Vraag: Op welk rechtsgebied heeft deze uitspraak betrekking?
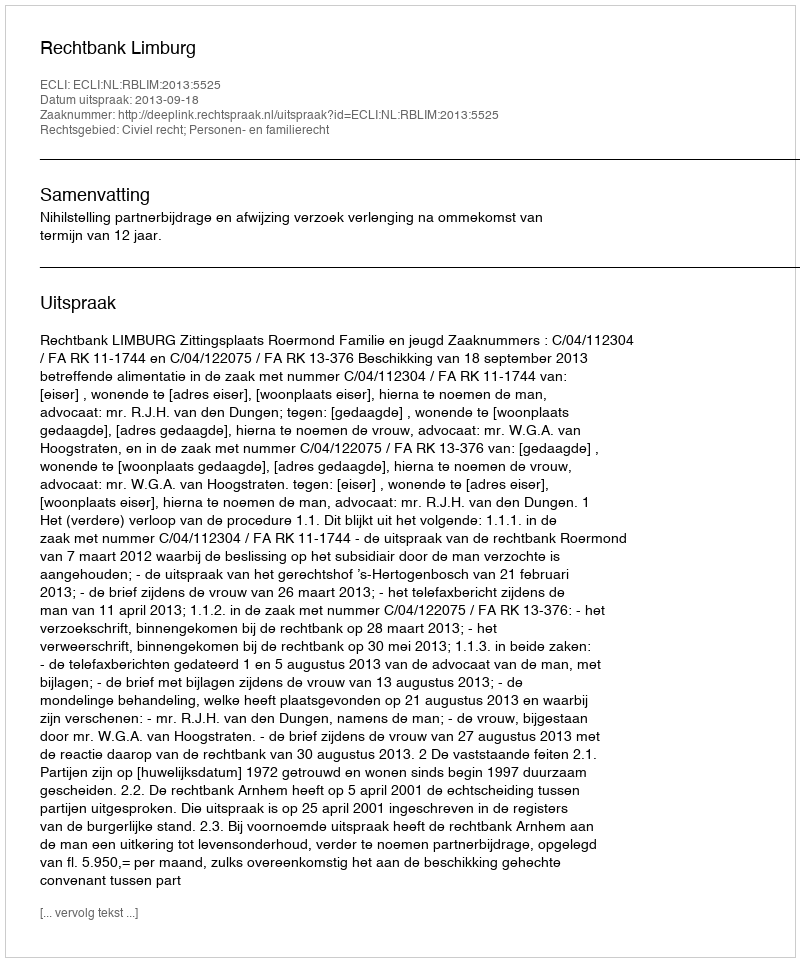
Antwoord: Civiel recht; Personen- en familierecht